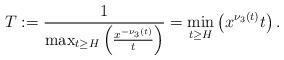
LaTeX: \begin{align*}T:=\frac{1}{\max_{t \ge H}\left(\frac{x^{-\nu_3(t)}}{t}\right)}=\min_{t \ge H}\left(x^{\nu_3(t)}t\right).\end{align*}